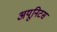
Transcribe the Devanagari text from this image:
अयूनिटस